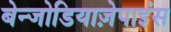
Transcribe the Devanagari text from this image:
बेन्जोडियाज़ेपाइंस